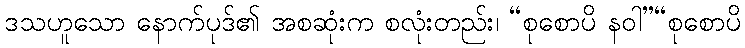
ဒသဟူသော နောက်ပုဒ်၏ အစဆုံးက စလုံးတည်း၊ “စုစောပိ နဝါ”“စုစောပိ